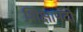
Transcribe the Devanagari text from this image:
शिक्षापदों